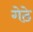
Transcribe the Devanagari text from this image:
गेठे